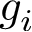
g _ { i }